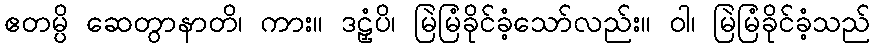
ဧတမ္ပိ ဆေတွာနာတိ၊ ကား။ ဒဠှံပိ၊ မြဲမြံခိုင်ခံ့သော်လည်း။ ဝါ၊ မြဲမြံခိုင်ခံ့သည်